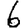
Digit: 6